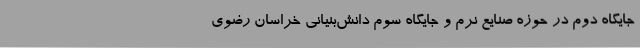
جایگاه دوم در حوزه صنایع نرم و جایگاه سوم دانش‌بنیانی خراسان رضوی